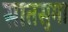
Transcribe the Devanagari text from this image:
सातसुमा